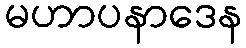
မဟာပနာဒေန